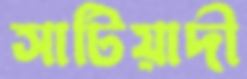
সাটিয়াদী